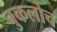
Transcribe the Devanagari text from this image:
चुकलोच